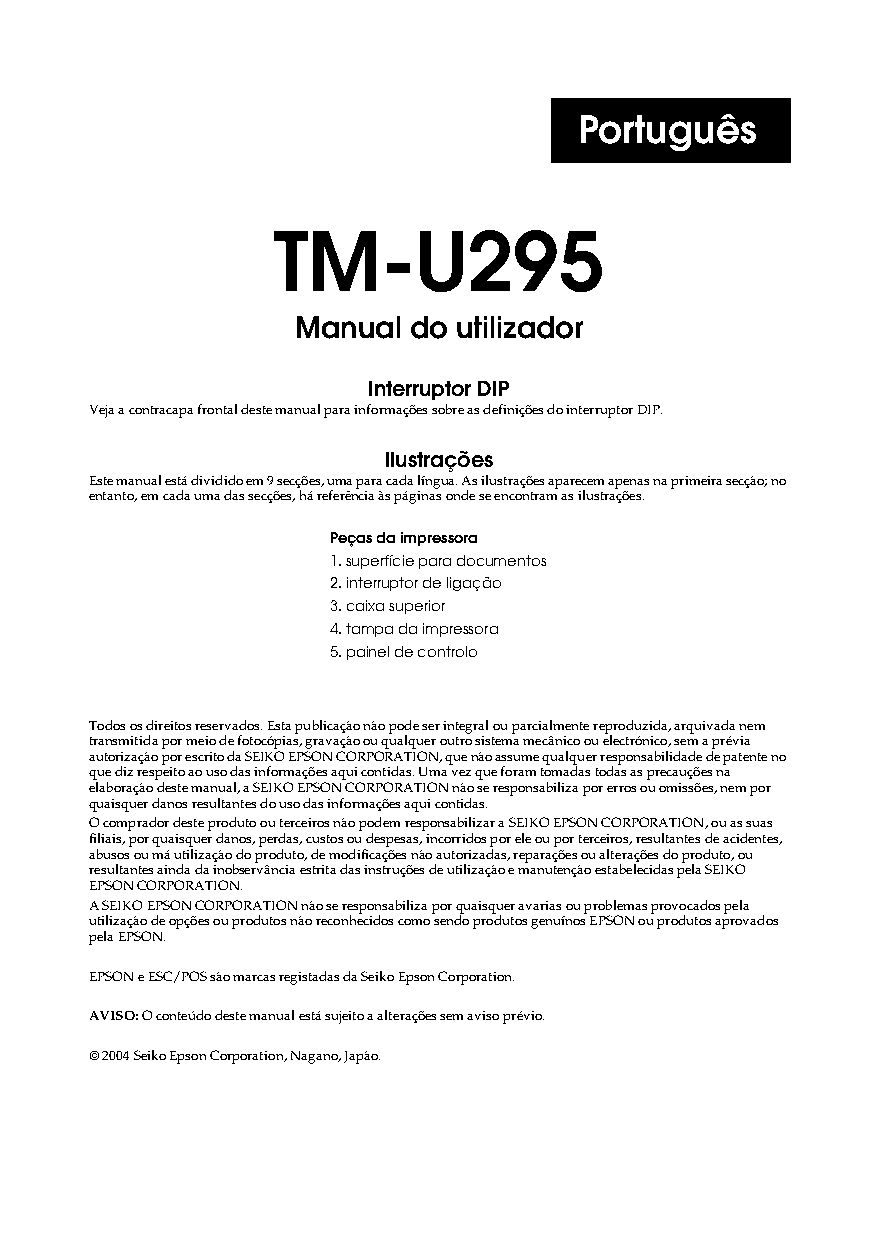
Português
 TM-U295
 Manual  do utilizador
 Interruptor DIP
 Veja a contracapa frontal deste manual para informações sobre as definições do interruptor DIP.
 Ilustrações
 Este manual está dividido em 9 secções, uma para cada língua. As ilustrações aparecem apenas na primeira secção; no
 entanto, em cada uma das secções, há referência às páginas onde se encontram as ilustrações.
 Peças da impressora
 1. superfície para documentos
 2. interruptor de ligação
 3. caixa superior
 4. tampa da impressora
 5. painel de controlo
 Todos os direitos reservados. Esta publicação não pode ser integral ou parcialmente reproduzida, arquivada nem
 transmitida por meio de fotocópias, gravação ou qualquer outro sistema mecânico ou electrónico, sem a prévia
 autorização por escrito da SEIKO EPSON CORPORATION, que não assume qualquer responsabilidade de patente no
 que diz respeito ao uso das informações aqui contidas. Uma vez que foram tomadas todas as precauções na
 elaboração deste manual, a SEIKO EPSON CORPORATION não se responsabiliza por erros ou omissões, nem por
 quaisquer danos resultantes do uso das informações aqui contidas.
 O comprador deste produto ou terceiros não podem responsabilizar a SEIKO EPSON CORPORATION, ou as suas
 filiais, por quaisquer danos, perdas, custos ou despesas, incorridos por ele ou por terceiros, resultantes de acidentes,
 abusos ou má utilização do produto, de modificações não autorizadas, reparações ou alterações do produto, ou
 resultantes ainda da inobservância estrita das instruções de utilização e manutenção estabelecidas pela SEIKO
 EPSON CORPORATION.
 A SEIKO EPSON CORPORATION não se responsabiliza por quaisquer avarias ou problemas provocados pela
 utilização de opções ou produtos não reconhecidos como sendo produtos genuínos EPSON ou produtos aprovados
 pela EPSON.
 EPSON e ESC/POS são marcas registadas da Seiko Epson Corporation.
 AVISO: O conteúdo deste manual está sujeito a alterações sem aviso prévio.
 © 2004 Seiko Epson Corporation, Nagano, Japão.